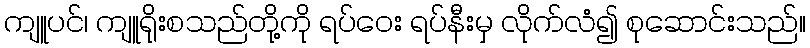
ကျူပင်၊ ကျူရိုးစသည်တို့ကို ရပ်ဝေး ရပ်နီးမှ လိုက်လံ၍ စုဆောင်းသည်။